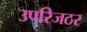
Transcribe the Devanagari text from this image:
उपरिजठर